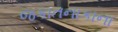
જકાતનાકાના